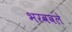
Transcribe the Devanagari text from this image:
भरववले